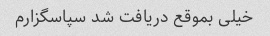
خیلی بموقع دریافت شد سپاسگزارم